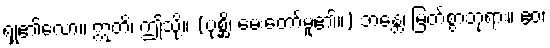
ရှု၏လော။ ဣတိ၊ ဤသို့။ (ပုစ္ဆိ၊ မေးတော်မူ၏။) ဘန္တေ၊ မြတ်စွာဘုရား။ ဧဝံ၊